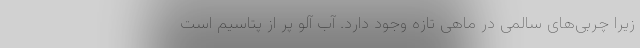
زیرا چربی‌های سالمی در ماهی تازه وجود دارد. آب آلو پر از پتاسیم است